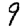
Digit: 9